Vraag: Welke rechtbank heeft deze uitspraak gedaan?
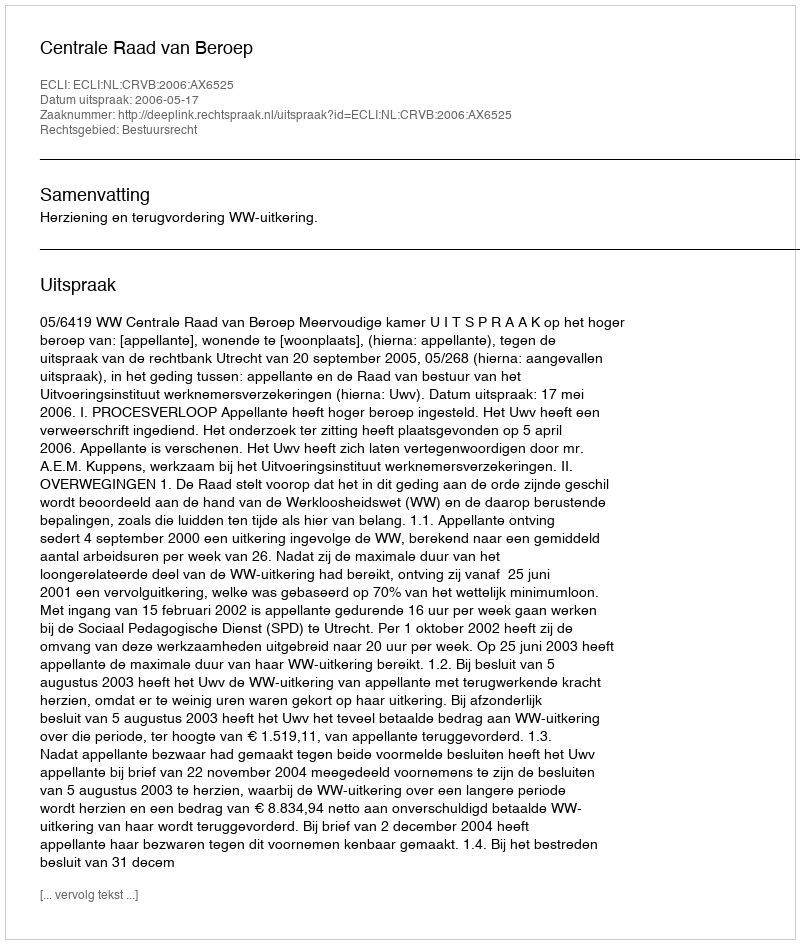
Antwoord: Centrale Raad van Beroep